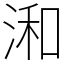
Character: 𣷓